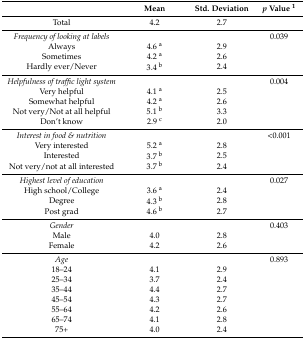
<table><thead><tr><td></td><td><b>Mean</b></td><td><b>Std. Deviation</b></td><td><b><i>p</i> Value <sup>1</sup></b></td></tr></thead><tbody><tr><td>Total</td><td>4.2</td><td>2.7</td><td></td></tr><tr><td colspan="2"><i>Frequency of looking at labels</i></td><td></td><td>0.039</td></tr><tr><td>Always</td><td>4.6 <sup>a</sup></td><td>2.9</td><td></td></tr><tr><td>Sometimes</td><td>4.2 <sup>a</sup></td><td>2.6</td><td></td></tr><tr><td>Hardly ever/Never</td><td>3.4 <sup>b</sup></td><td>2.4</td><td></td></tr><tr><td colspan="2"><i>Helpfulness of traffic light system</i></td><td></td><td>0.004</td></tr><tr><td>Very helpful</td><td>4.1 <sup>a</sup></td><td>2.5</td><td></td></tr><tr><td>Somewhat helpful</td><td>4.2 <sup>a</sup></td><td>2.6</td><td></td></tr><tr><td>Not very/Not at all helpful</td><td>5.1 <sup>b</sup></td><td>3.3</td><td></td></tr><tr><td>Don’t know</td><td>2.9 <sup>c</sup></td><td>2.0</td><td></td></tr><tr><td colspan="2"><i>Interest in food &amp; nutrition</i></td><td></td><td>&lt;0.001</td></tr><tr><td>Very interested</td><td>5.2 <sup>a</sup></td><td>2.8</td><td></td></tr><tr><td>Interested</td><td>3.7 <sup>b</sup></td><td>2.5</td><td></td></tr><tr><td>Not very/not at all interested</td><td>3.7 <sup>b</sup></td><td>2.4</td><td></td></tr><tr><td colspan="2"><i>Highest level of education</i></td><td></td><td>0.027</td></tr><tr><td>High school/College</td><td>3.6 <sup>a</sup></td><td>2.4</td><td></td></tr><tr><td>Degree</td><td>4.3 <sup>b</sup></td><td>2.8</td><td></td></tr><tr><td>Post grad</td><td>4.6 <sup>b</sup></td><td>2.7</td><td></td></tr><tr><td><i>Gender</i></td><td></td><td></td><td>0.403</td></tr><tr><td>Male</td><td>4.0</td><td>2.8</td><td></td></tr><tr><td>Female</td><td>4.2</td><td>2.6</td><td></td></tr><tr><td><i>Age</i></td><td></td><td></td><td>0.893</td></tr><tr><td>18–24</td><td>4.1</td><td>2.9</td><td></td></tr><tr><td>25–34</td><td>3.7</td><td>2.4</td><td></td></tr><tr><td>35–44</td><td>4.4</td><td>2.7</td><td></td></tr><tr><td>45–54</td><td>4.3</td><td>2.7</td><td></td></tr><tr><td>55–64</td><td>4.2</td><td>2.6</td><td></td></tr><tr><td>65–74</td><td>4.1</td><td>2.8</td><td></td></tr><tr><td>75+</td><td>4.0</td><td>2.4</td><td></td></tr></tbody></table>